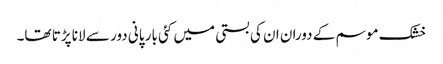
خشک موسم کے دوران ان کی بستی میں کئی بار پانی دور سے لانا پڑتا تھا۔